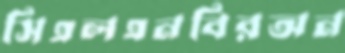
সিএলএনবিরঅন